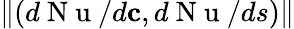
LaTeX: \| (d\mathrm{~N~u~}/d\mathbf{c},d\mathrm{~N~u~}/ds)\|